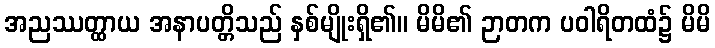
အညဿတ္ထာယ အနာပတ္တိသည် နှစ်မျိုးရှိ၏။ မိမိ၏ ဉာတက ပဝါရိတထံ၌ မိမိ